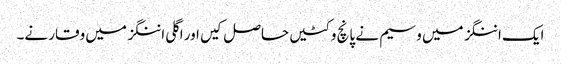
ایک اننگز میں وسیم نے پانچ وکٹیں حاصل کیں اور اگلی اننگز میں وقار نے۔